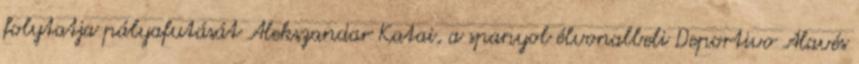
folytatja pályafutását Alekszandar Katai, a spanyol élvonalbeli Deportivo Alavés